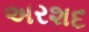
અરશદ